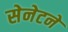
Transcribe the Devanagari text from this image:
सेनेटने